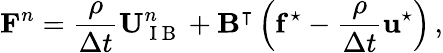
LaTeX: \mathbf{F}^{n}=\frac{\rho}{\Delta t}\mathbf{U}_{\mathrm{~I~B~}}^{n}+\mathbf{B}^{\intercal}\left(\mathbf{f}^{\star}-\frac{\rho}{\Delta t}\mathbf{u}^{\star}\right)\, ,